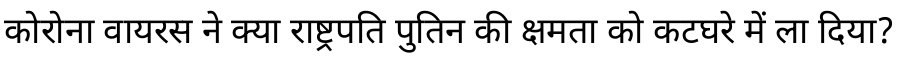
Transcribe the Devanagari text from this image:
कोरोना वायरस ने क्या राष्ट्रपति पुतिन की क्षमता को कटघरे में ला दिया?